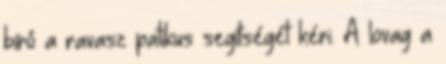
bíró a ravasz patikus segítségét kéri. A lovag a